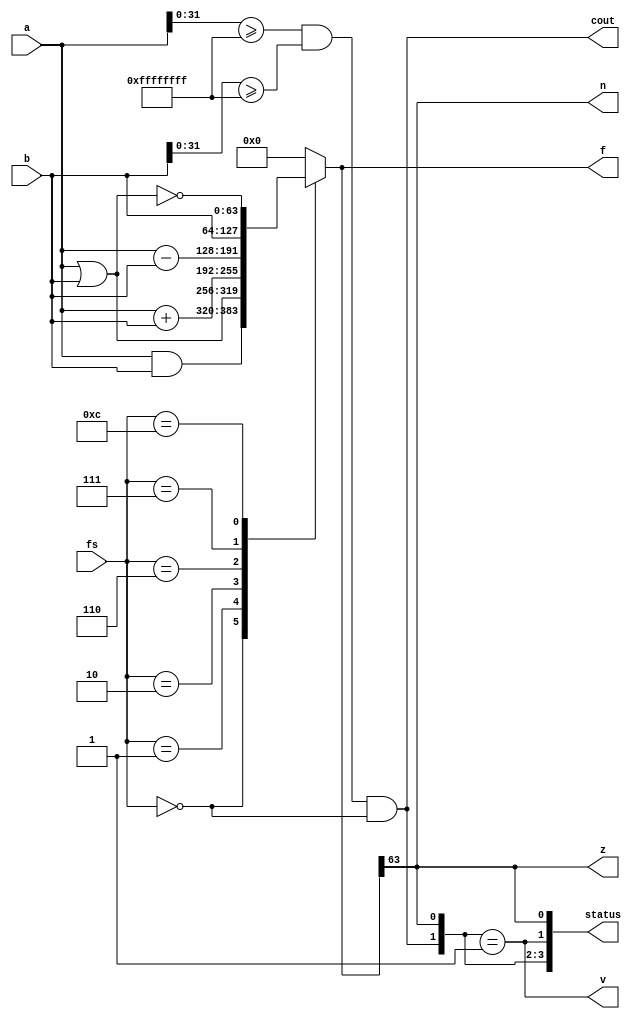
`timescale 1ns / 1ps

module ARM_ALU(fs, a, b, cout, z, v, n, status, f);
	
	input [3:0] fs; //function select
	input [63:0] a, b; //ALU operands
	output cout, z, v, n; //flags: carryout, zero, overflow, and negative respectively
	output wire [3:0] status; //concatenation of status flags
	output reg [63:0] f; //result

	always @(fs, a, b) begin
		case(fs)
			4'b0000: f = a & b; //bitwise and
			4'b0001: f = a | b; //bitwise or
			4'b0010: f = a + b; //add
			4'b0110: f = a - b; //sub
			4'b0111: f = b; //=b
			4'b1100: f = ~(a | b); //bitwise nor
			default: f = 0; //default result = 0
		endcase
	end
	
	assign cout = (a[31:0] >= 32'hFFFFFFFF && b[31:0] >= 32'hFFFFFFFF && fs == 4'b0000);
	assign v = ({cout, f[63]} == 1'b1);
	assign n = (f[63] == 1'b1);
	assign z = f[63];	
	assign status = {cout, z, v, n};
	
endmodule